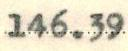
146.39